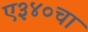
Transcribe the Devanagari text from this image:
ए३४०चा